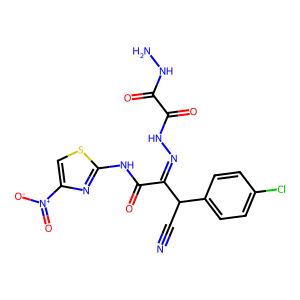
SMILES: N#CC(C(=NNC(=O)C(=O)NN)C(=O)Nc1nc([N+](=O)[O-])cs1)c1ccc(Cl)cc1
Inhibits HIV replication: Yes